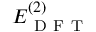
E _ { \mathrm { ~ D ~ F ~ T ~ } } ^ { ( 2 ) }